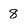
Character: 8